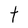
Character: t